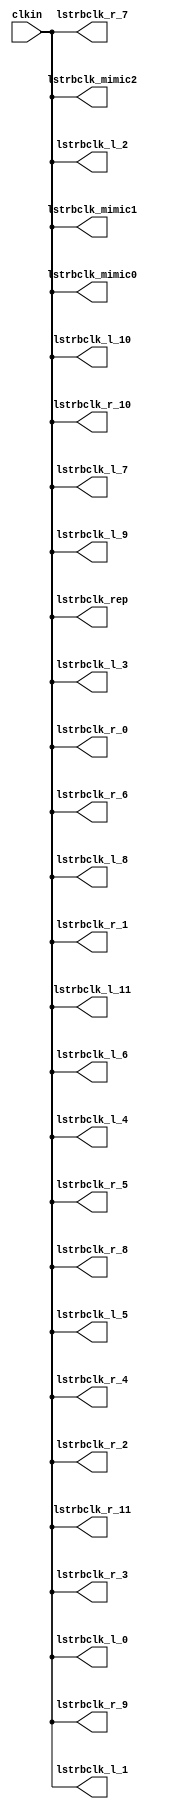
// SPDX-License-Identifier: Apache-2.0
// Copyright (C) 2019 Intel Corporation. 
//------------------------------------------------------------------------
//
// Revision:    $Revision: #5 $
//------------------------------------------------------------------------
// Description: skew-matched clock distribution network
//------------------------------------------------------------------------

module aibnd_str_clktree 
#(
parameter SKEW_DELAY     = 60   //min:20ps; typ :60ps; max:100ps
)
(
   input  wire         clkin,                   //clock source
   output wire 	       lstrbclk_l_0, 	        //buffered clock
   output wire         lstrbclk_l_1,            //buffered clock
   output wire         lstrbclk_l_2,            //buffered clock
   output wire         lstrbclk_l_3,            //buffered clock
   output wire         lstrbclk_l_4,            //buffered clock
   output wire         lstrbclk_l_5,            //buffered clock
   output wire         lstrbclk_l_6,            //buffered clock
   output wire         lstrbclk_l_7,            //buffered clock
   output wire         lstrbclk_l_8,            //buffered clock
   output wire         lstrbclk_l_9,            //buffered clock
   output wire         lstrbclk_l_10,           //buffered clock
   output wire         lstrbclk_l_11,           //buffered clock
   output wire         lstrbclk_r_0,            //buffered clock
   output wire         lstrbclk_r_1,            //buffered clock
   output wire         lstrbclk_r_2,            //buffered clock
   output wire         lstrbclk_r_3,            //buffered clock
   output wire         lstrbclk_r_4,            //buffered clock
   output wire         lstrbclk_r_5,            //buffered clock
   output wire         lstrbclk_r_6,            //buffered clock
   output wire         lstrbclk_r_7,            //buffered clock
   output wire         lstrbclk_r_8,            //buffered clock
   output wire         lstrbclk_r_9,            //buffered clock
   output wire         lstrbclk_r_10,           //buffered clock
   output wire         lstrbclk_r_11,           //buffered clock
   output wire         lstrbclk_rep, 	        //replica for DLL
   output wire         lstrbclk_mimic0,         //mimic path for load matching
   output wire         lstrbclk_mimic1,         //mimic path for load matching   
   output wire         lstrbclk_mimic2          //mimic path for load matching
);

`ifdef TIMESCALE_EN
  timeunit 1ps;
  timeprecision 1ps;
`endif
  
                assign #SKEW_DELAY lstrbclk_l_0 = clkin;
                assign #SKEW_DELAY lstrbclk_l_1 = clkin;
                assign #SKEW_DELAY lstrbclk_l_2 = clkin;
                assign #SKEW_DELAY lstrbclk_l_3 = clkin;
                assign #SKEW_DELAY lstrbclk_l_4 = clkin;
                assign #SKEW_DELAY lstrbclk_l_5 = clkin;
                assign #SKEW_DELAY lstrbclk_l_6 = clkin;
                assign #SKEW_DELAY lstrbclk_l_7 = clkin;
                assign #SKEW_DELAY lstrbclk_l_8 = clkin;
                assign #SKEW_DELAY lstrbclk_l_9 = clkin;
                assign #SKEW_DELAY lstrbclk_l_10 = clkin;
                assign #SKEW_DELAY lstrbclk_l_11 = clkin;
                assign #SKEW_DELAY lstrbclk_r_0 = clkin;
                assign #SKEW_DELAY lstrbclk_r_1 = clkin;
                assign #SKEW_DELAY lstrbclk_r_2 = clkin;
                assign #SKEW_DELAY lstrbclk_r_3 = clkin;
                assign #SKEW_DELAY lstrbclk_r_4 = clkin;
                assign #SKEW_DELAY lstrbclk_r_5 = clkin;
                assign #SKEW_DELAY lstrbclk_r_6 = clkin;
                assign #SKEW_DELAY lstrbclk_r_7 = clkin;
                assign #SKEW_DELAY lstrbclk_r_8 = clkin;
                assign #SKEW_DELAY lstrbclk_r_9 = clkin;
                assign #SKEW_DELAY lstrbclk_r_10 = clkin;
                assign #SKEW_DELAY lstrbclk_r_11 = clkin;
                assign #SKEW_DELAY lstrbclk_rep = clkin;
                assign #SKEW_DELAY lstrbclk_mimic0 = clkin;
                assign #SKEW_DELAY lstrbclk_mimic1 = clkin;
                assign #SKEW_DELAY lstrbclk_mimic2 = clkin;

endmodule // aibnd_str_clktree